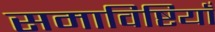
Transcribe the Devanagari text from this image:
समाविष्टियाँ